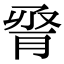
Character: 𦛫